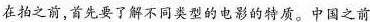
在拍之前,首先要了解不同类型的电影的特质。中国之前